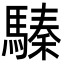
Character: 𩥚